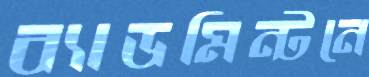
ব্যাডমিন্টনে